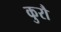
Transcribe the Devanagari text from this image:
कुरौ